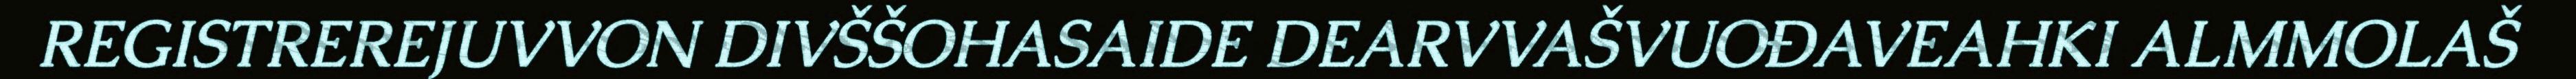
REGISTREREJUVVON DIVŠŠOHASAIDE DEARVVAŠVUOĐAVEAHKI ALMMOLAŠ